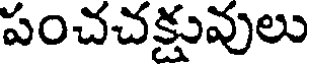
పంచచక్షువులు